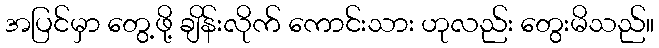
အပြင်မှာ တွေ့ဖို့ ချိန်းလိုက် ကောင်းသား ဟုလည်း တွေးမိသည်။